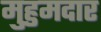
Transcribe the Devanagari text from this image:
मुहुमदार